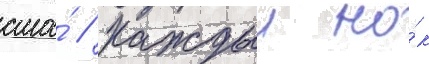
сша́ // Каждыи но́к